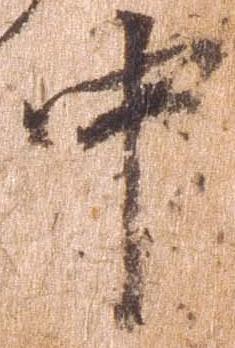
中